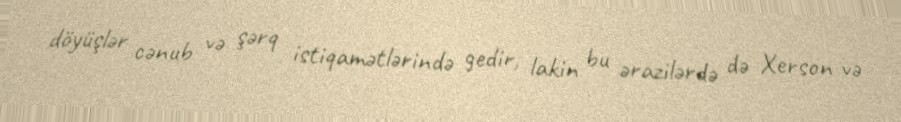
döyüşlər cənub və şərq istiqamətlərində gedir, lakin bu ərazilərdə də Xerson və